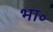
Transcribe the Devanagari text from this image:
भा॰